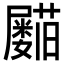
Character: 𡳵